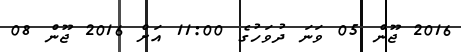
2016 ޖޫން 05 ވަނަ ދުވަހުގެ 11:00 އަށް 2016 ޖޫން 08